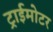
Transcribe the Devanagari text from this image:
ट्राईमोटर